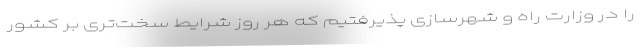
را در وزارت راه و شهرسازی پذیرفتیم که هر روز شرایط سخت‌تری بر کشور